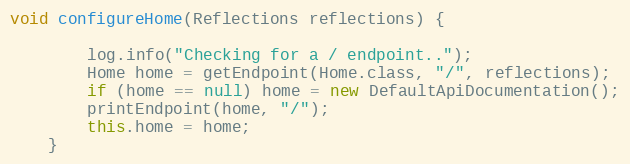
Language: Java
void configureHome(Reflections reflections) {

        log.info("Checking for a / endpoint..");
        Home home = getEndpoint(Home.class, "/", reflections);
        if (home == null) home = new DefaultApiDocumentation();
        printEndpoint(home, "/");
        this.home = home;
    }